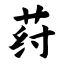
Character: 荮